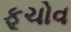
ફૂચોવ